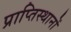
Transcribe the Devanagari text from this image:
प्राप्तिस्थानों